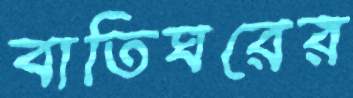
বাতিঘরের